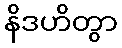
နိဒဟိတွာ